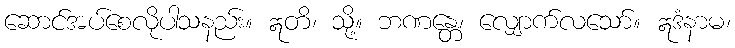
ဆောင်အပ်စေလိုပါသနည်း။ ဣတိ၊ သို့။ ဘဏန္တေ၊ လျှောက်လသော်။ ဣဒံနာမ၊